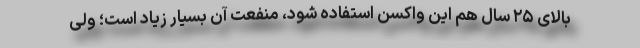
بالای ۲۵ سال هم این واکسن استفاده شود، منفعت آن بسیار زیاد است؛ ولی